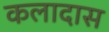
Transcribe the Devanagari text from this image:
कलादास